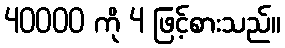
40000 ကို 4 ဖြင့်စားသည်။